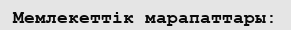
Мемлекеттік марапаттары: